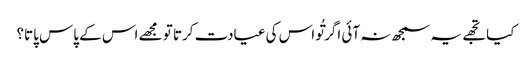
کیا تجھے یہ سمجھ نہ آئی اگر تُو اس کی عیادت کرتا تو مجھے اس کے پاس پاتا؟